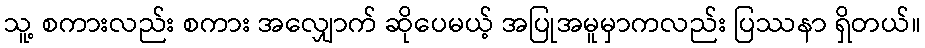
သူ့ စကားလည်း စကား အလျှောက် ဆိုပေမယ့် အပြုအမူမှာကလည်း ပြဿနာ ရှိတယ်။